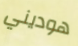
هوديني